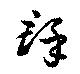
群